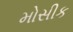
મોસીક